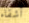
أشقاء